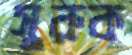
সুরুক